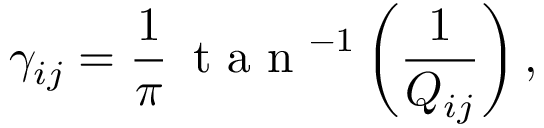
\gamma _ { i j } = \frac { 1 } { \pi } \, \mathrm { ~ t ~ a ~ n ~ } ^ { - 1 } \left( \frac { 1 } { Q _ { i j } } \right) ,